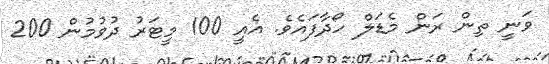
ވަނީ ތިން ރަން މެޑަލް ހޯދާފައެވެ. އެއީ 100 މީޓަރު ދުވުމުން 200